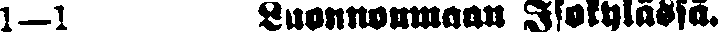
1—1 Luonnonmaan Isokylästä.